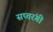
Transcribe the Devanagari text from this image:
सप्‍तरंगी